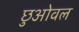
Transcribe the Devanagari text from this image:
छुओवल